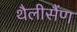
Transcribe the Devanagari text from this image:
थैलीसैंण